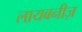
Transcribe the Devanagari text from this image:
लायबनीज़